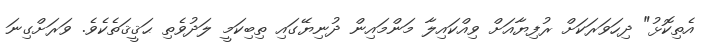
އެތިކޮޅު" ދިހަވަރަކަށް ރުފިޔާއަށް ވިއްކައިލާ މަންމައިން ދުނިޔޭގައި ތިބިކަމީ ލަދުވެތި ޙަޤީޤަތެކެވެ. ވަރަށްގިނަ